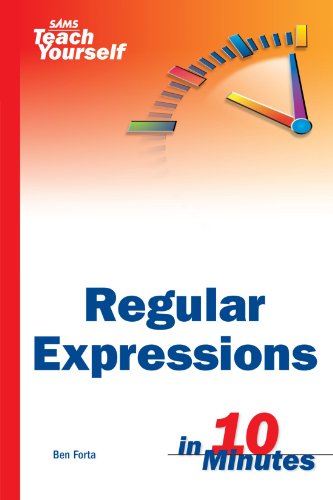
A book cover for Sams Teach Yourself Regular Expressions in 10 Minutes; Ben Forta; Computers & Technology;